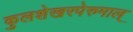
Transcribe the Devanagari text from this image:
कुलशेखरपेरुमाल्